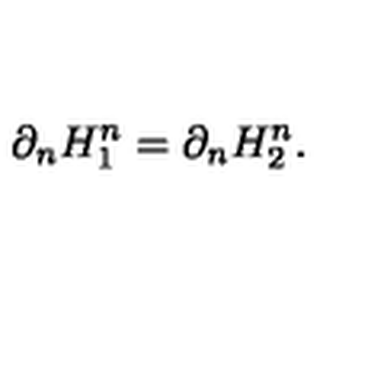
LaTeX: \partial _ { n } H _ { 1 } ^ { n } = \partial _ { n } H _ { 2 } ^ { n } .